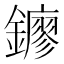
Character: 𨮛